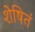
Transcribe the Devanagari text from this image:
शेषितं